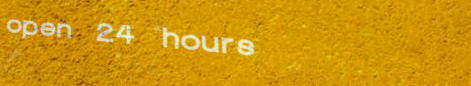
open 24 hours